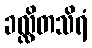
ခလ္လိတသိရံ